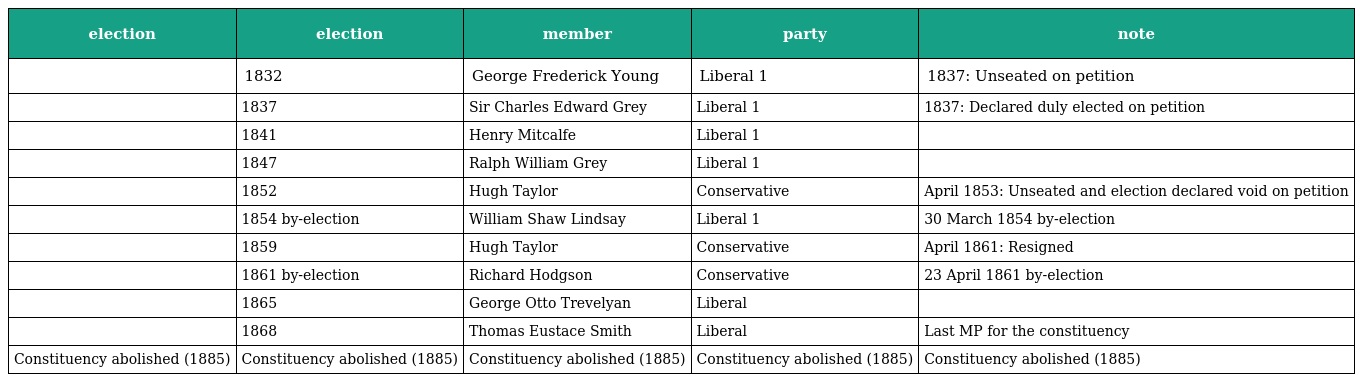
| election | election | member | party | note |
 | --- | --- | --- | --- | --- |
 |  | 1832 | George Frederick Young | Liberal 1 | 1837: Unseated on petition |
 |  | 1837 | Sir Charles Edward Grey | Liberal 1 | 1837: Declared duly elected on petition |
 |  | 1841 | Henry Mitcalfe | Liberal 1 |  |
 |  | 1847 | Ralph William Grey | Liberal 1 |  |
 |  | 1852 | Hugh Taylor | Conservative | April 1853: Unseated and election declared void on petition |
 |  | 1854 by-election | William Shaw Lindsay | Liberal 1 | 30 March 1854 by-election |
 |  | 1859 | Hugh Taylor | Conservative | April 1861: Resigned |
 |  | 1861 by-election | Richard Hodgson | Conservative | 23 April 1861 by-election |
 |  | 1865 | George Otto Trevelyan | Liberal |  |
 |  | 1868 | Thomas Eustace Smith | Liberal | Last MP for the constituency |
 | Constituency abolished (1885) | Constituency abolished (1885) | Constituency abolished (1885) | Constituency abolished (1885) | Constituency abolished (1885) |